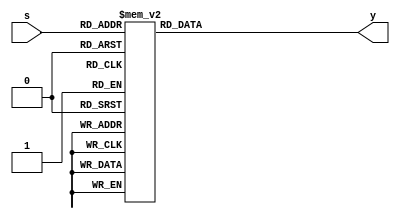
module decode_416(
input [3:0] s,
output [15:0] y
    );
reg [15:0] y;

always @(s) 
begin 
	case (s)
		4'b0000:y=16'b0000_0000_0000_0001;

		4'b0001:y=16'b0000_0000_0000_0010;

		4'b0010:y=16'b0000_0000_0000_0100;

		4'b0011:y=16'b0000_0000_0000_1000;

		4'b0100:y=16'b0000_0000_0001_0000;

		4'b0101:y=16'b0000_0000_0010_0000;

		4'b0110:y=16'b0000_0000_0100_0000;

		4'b0111:y=16'b0000_0000_1000_0000;

		4'b1000:y=16'b0000_0001_0000_0000;

		4'b1001:y=16'b0000_0010_0000_0000;

		4'b1010:y=16'b0000_0100_0000_0000;

		4'b1011:y=16'b0000_1000_0000_0000;

		4'b1100:y=16'b0001_0000_0000_0000;

		4'b1101:y=16'b0010_0000_0000_0000;

		4'b1110:y=16'b0100_0000_0000_0000;

		4'b1111:y=16'b1000_0000_0000_0000;

		default y=16'b0000_0000_0000_0000;
	endcase
end
endmodule